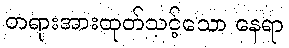
တရားအားထုတ်သင့်သော နေရာ